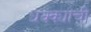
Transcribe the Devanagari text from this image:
धक्क्यांची